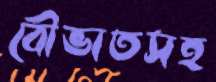
বৌভাতসহ